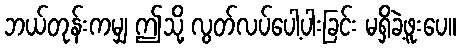
ဘယ်တုန်းကမျှ ဤသို့ လွတ်လပ်ပေါ့ပါးခြင်း မရှိခဲ့ဖူးပေ။